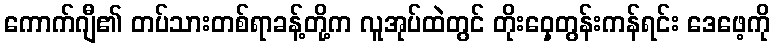
ကောက်ဂျီ၏ တပ်သားတစ်ရာခန့်တို့က လူအုပ်ထဲတွင် တိုးဝှေ့တွန်းကန်ရင်း ဒေဖေ့ကို